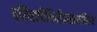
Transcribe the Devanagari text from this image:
वसिष्ठादिभिर्गीयमानाभिधेये